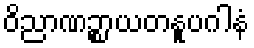
ဝိညာဏဉ္စာယတနူပဂါနံ